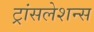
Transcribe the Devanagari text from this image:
ट्रांसलेशन्स